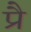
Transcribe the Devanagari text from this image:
प्रै